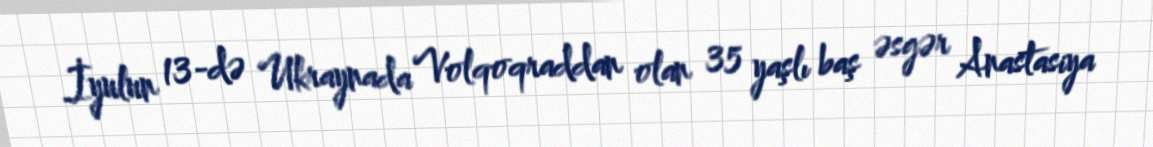
İyulun 13-də Ukraynada Volqoqraddan olan 35 yaşlı baş əsgər Anastasiya